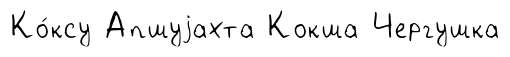
Ко́ксу Апшуjахта Кокша Чергушка